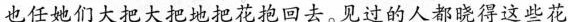
也任她们大把大把地把花抱回去。见过的人都晓得这些花